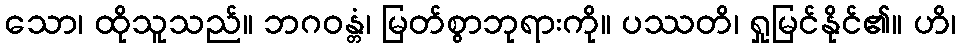
သော၊ ထိုသူသည်။ ဘဂဝန္တံ၊ မြတ်စွာဘုရားကို။ ပဿတိ၊ ရှုမြင်နိုင်၏။ ဟိ၊